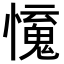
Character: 𢣒